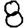
Digit: 8